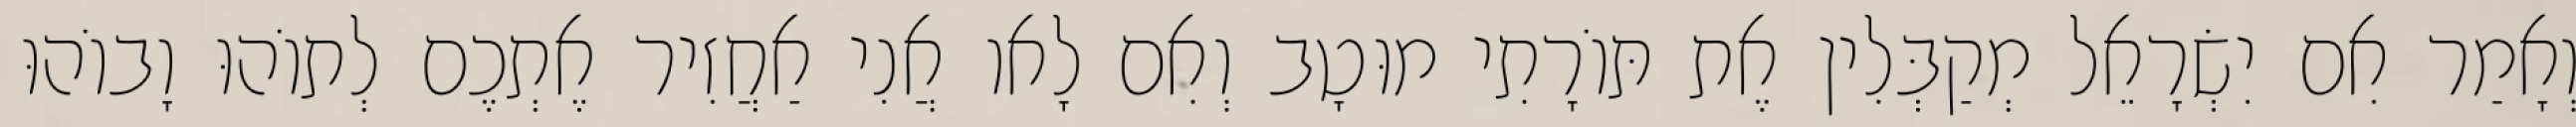
וְאָמַר אִם יִשְׂרָאֵל מְקַבְּלִין אֶת תּוֹרָתִי מוּטָב וְאִם לָאו אֲנִי אַחֲזִיר אֶתְכֶם לְתוֹהוּ וָבוֹהוּ